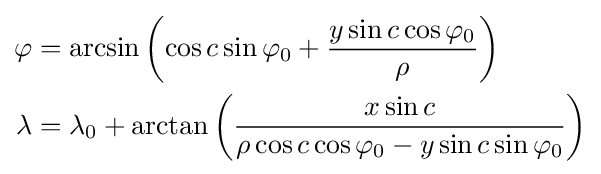
{\begin{aligned}\varphi &=\arcsin \left(\cos c\sin \varphi _{0}+{\frac {y\sin c\cos \varphi _{0}}{\rho }}\right)\\\lambda &=\lambda _{0}+\arctan \left({\frac {x\sin c}{\rho \cos c\cos \varphi _{0}-y\sin c\sin \varphi _{0}}}\right)\end{aligned}}